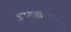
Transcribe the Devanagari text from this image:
आमनासामना